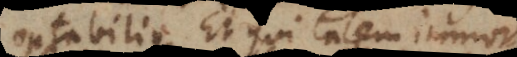
optabilius. Et qui talem